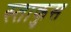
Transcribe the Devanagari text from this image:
स्ताकुस